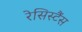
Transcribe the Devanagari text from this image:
रेसिस्टैंस